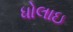
ધોલાઇ